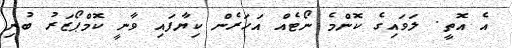
އެ އޮތީ. ލަވައިގެ ކޮންމެ ނޯޓެއް އަހަރެން ކިޔާފައި ވާނީ ކޮމްޕޯޒަރު ބުނި